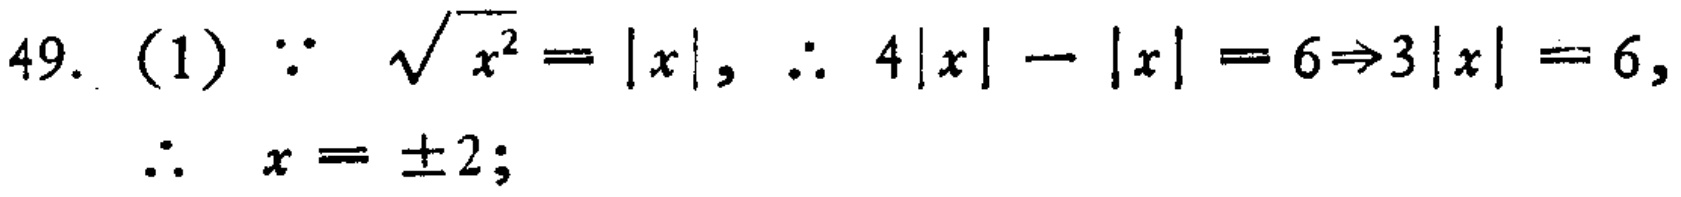
49. (1) $\because \sqrt{x^{2}} = |x|$, $\therefore 4|x| - |x| = 6\Rightarrow3|x| = 6$,
$\therefore x = \pm2$;